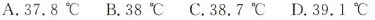
A.37.8℃ B.38℃ C.38.7℃ D.39.1℃